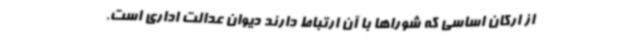
از ارکان اساسی که شوراها با آن ارتباط دارند دیوان عدالت اداری است.